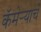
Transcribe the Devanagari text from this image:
कॅमेर्‍याचे